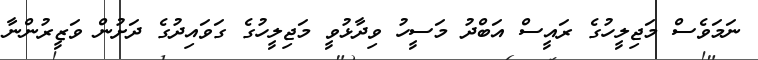
ނަމަވެސް މަޖިލީހުގެ ރައީސް އަބްދު މަސީހު ވިދާޅުވީ މަޖިލީހުގެ ގަވައިދުގެ ދަށުން ވަޒީރުންނާ